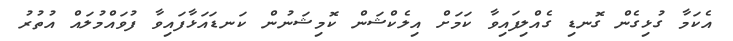
އެކަމާ ގުޅިގެން ގޮނޑި ގެއްލިފައިވާ ކަމަށް އިލެކްޝަން ކޮމިޝަނުން ކަނޑައަޅާފައިވާ ފުވައްމުލައް އުތުރު